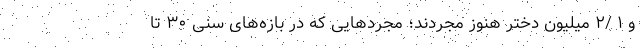
و ۱ /۲ میلیون دختر هنوز مجردند؛ مجردهایی که در بازه‌های سنی ۳۰ تا